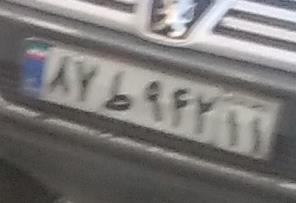
۸۷ط۹۴۲۱۱